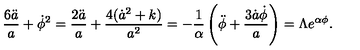
\frac { 6 \ddot { a } } { a } + \dot { \phi } ^ { 2 } = \frac { 2 \ddot { a } } { a } + \frac { 4 ( \dot { a } ^ { 2 } + k ) } { a ^ { 2 } } = - \frac { 1 } { \alpha } \left( \ddot { \phi } + \frac { 3 \dot { a } \dot { \phi } } { a } \right) = \Lambda e ^ { \alpha \phi } .